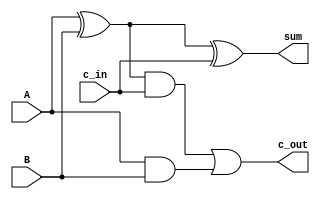
module full_adder (
    input A,
    input B,
    input c_in,
    output sum,
    output c_out
);

assign sum = A ^ B ^ c_in;
assign c_out = ((A ^ B) & c_in) | (A & B);

endmodule